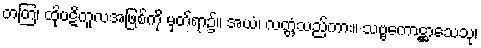
တတြ၊ ထိုပဋိကူလအဖြစ်ကို မှတ်ရာ၌။ အယံ၊ လတ္တံ့သည်ကား။ သဗ္ဗကောဋ္ဌာသေသု၊